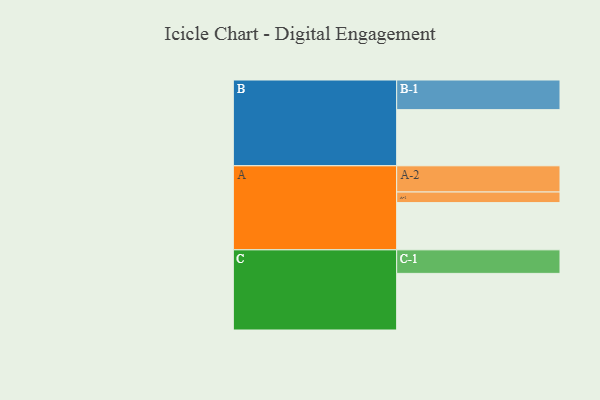
{"axis": {"x": "Segment", "y": "Value"}, "legend": ["", "A", "B", "C"], "data": [{"x": "A", "y": 427, "type": ""}, {"x": "B", "y": 508, "type": ""}, {"x": "C", "y": 512, "type": ""}, {"x": "A-1", "y": 96, "type": "A"}, {"x": "A-2", "y": 237, "type": "A"}, {"x": "B-1", "y": 268, "type": "B"}, {"x": "C-1", "y": 213, "type": "C"}]}